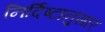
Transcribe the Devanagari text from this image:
निर्दिष्टानुसार